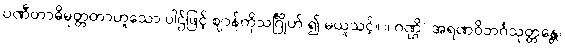
ပဏီတာဓိမုတ္တတာဟူသော ပါဌ်ဖြင့် ဈာန်ကိုသင်္ဂြိုဟ် ၍ မယူသင့်။ ။ ဂဏ္ဌိ) အရဏဝိဘင်္ဂသုတ္တန္တေ၊